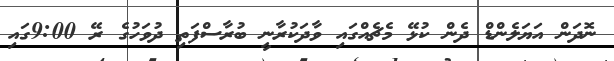
ނޮދަން އަޔަލެންޑް ދެން ކުޅޭ މެޗެއްގައި ވާދަކުރާނީ ބުރާސްފަތި ދުވަހުގެ ރޭ 9:00ގައި